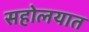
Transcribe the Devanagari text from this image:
सहोलयात